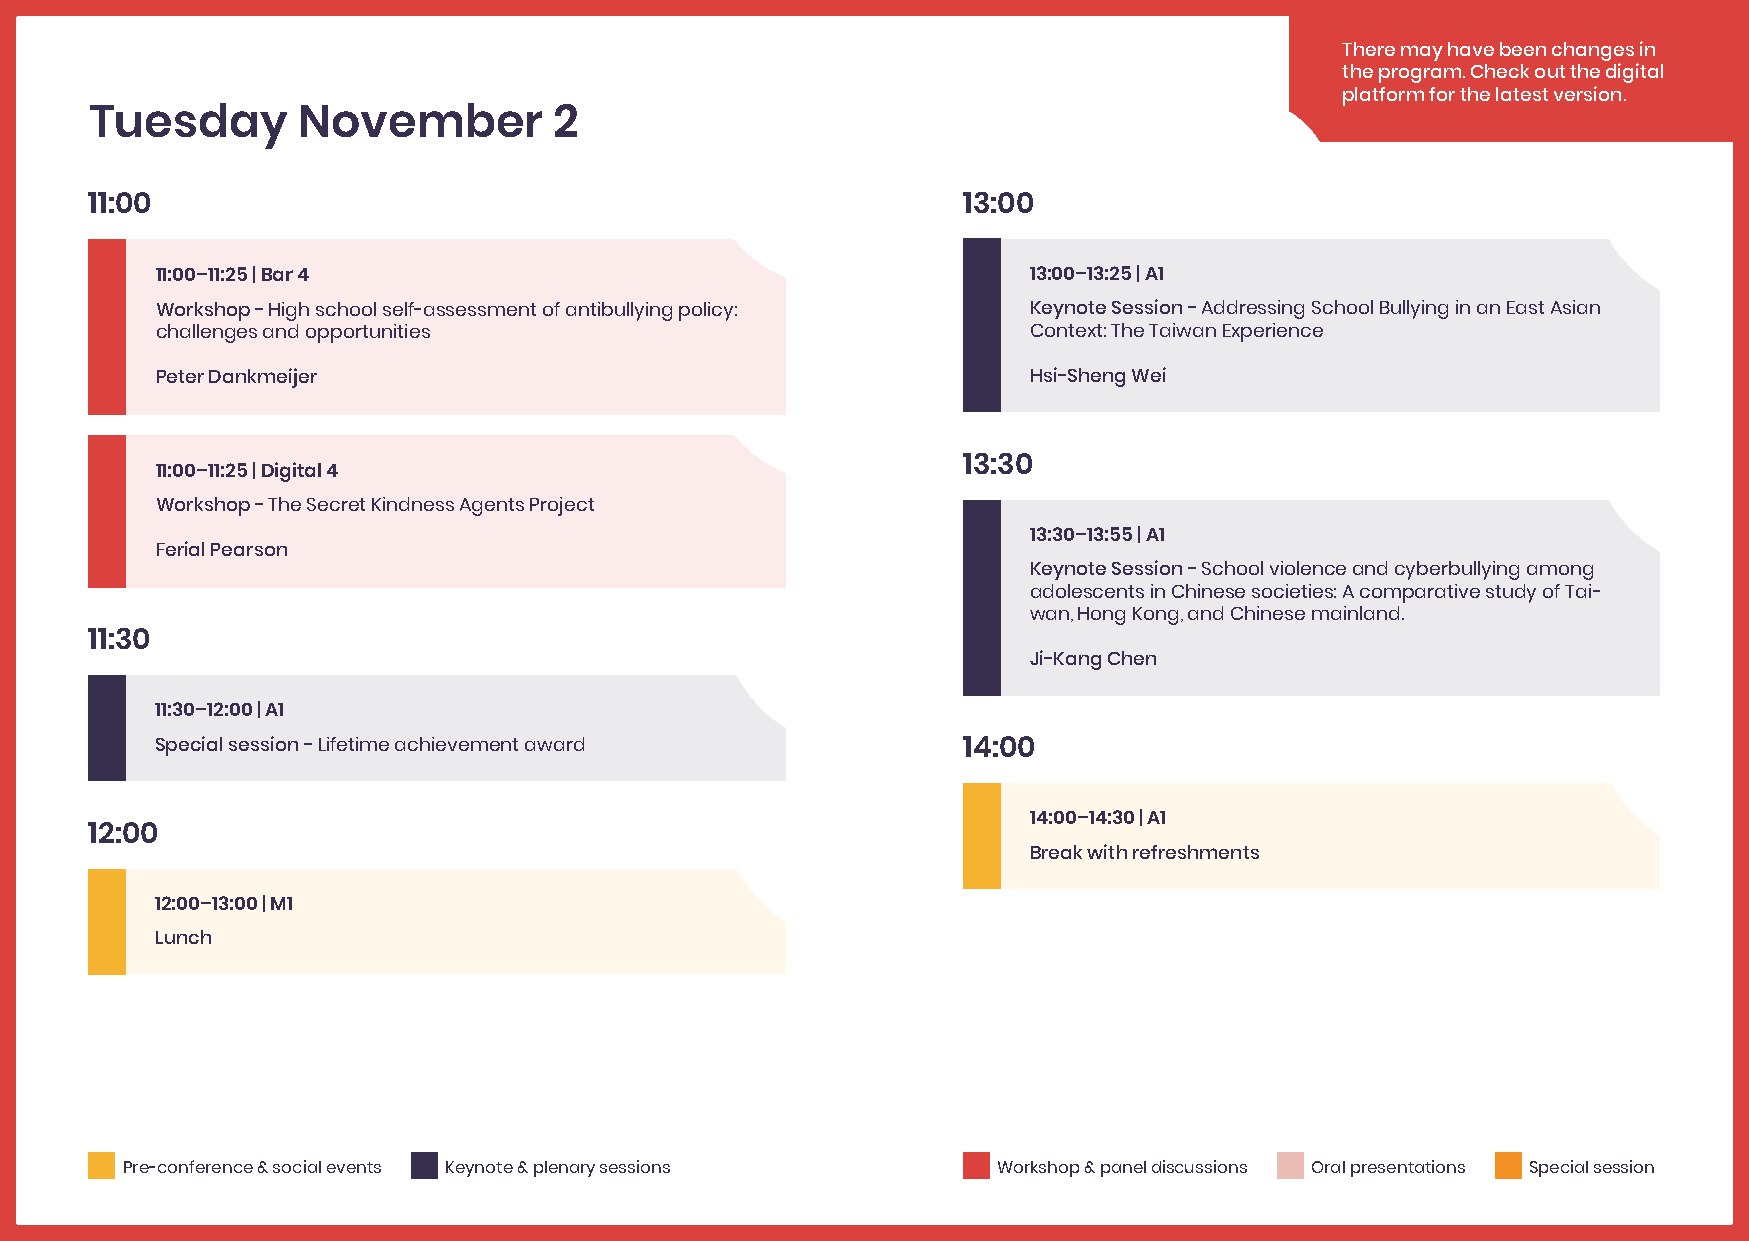
There may have been changes in
 the program. Check out the digital
 platform for the latest version.
 Tuesday       November         2
 11:00                                                     13:00
 11:00–11:25 | Bar 4                                       13:00–13:25 | A1
 Workshop - High school self-assessment of antibullying policy: Keynote Session - Addressing School Bullying in an East Asian
 challenges and opportunities                              Context: The Taiwan Experience
 Peter Dankmeijer                                          Hsi-Sheng Wei
 13:30
 11:00–11:25 | Digital 4
 Workshop - The Secret Kindness Agents Project
 13:30–13:55 | A1
 Ferial Pearson
 Keynote Session - School violence and cyberbullying among
 adolescents in Chinese societies: A comparative study of Tai-
 wan, Hong Kong, and Chinese mainland.
 11:30
 Ji-Kang Chen
 11:30–12:00 | A1
 Special session - Lifetime achievement award          14:00
 14:00–14:30 | A1
 12:00
 Break with refreshments
 12:00–13:00 | M1
 Lunch
 Pre-conference & social events Keynote & plenary sessions Workshop & panel discussions Oral presentations Special session